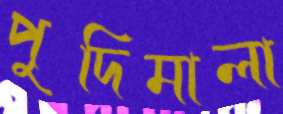
পুদিমালা